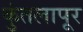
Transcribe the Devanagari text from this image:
कुंतलापूर